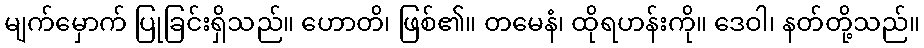
မျက်မှောက် ပြုခြင်းရှိသည်။ ဟောတိ၊ ဖြစ်၏။ တမေနံ၊ ထိုရဟန်းကို။ ဒေဝါ၊ နတ်တို့သည်။